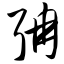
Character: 聃